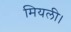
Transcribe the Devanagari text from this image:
मियली।